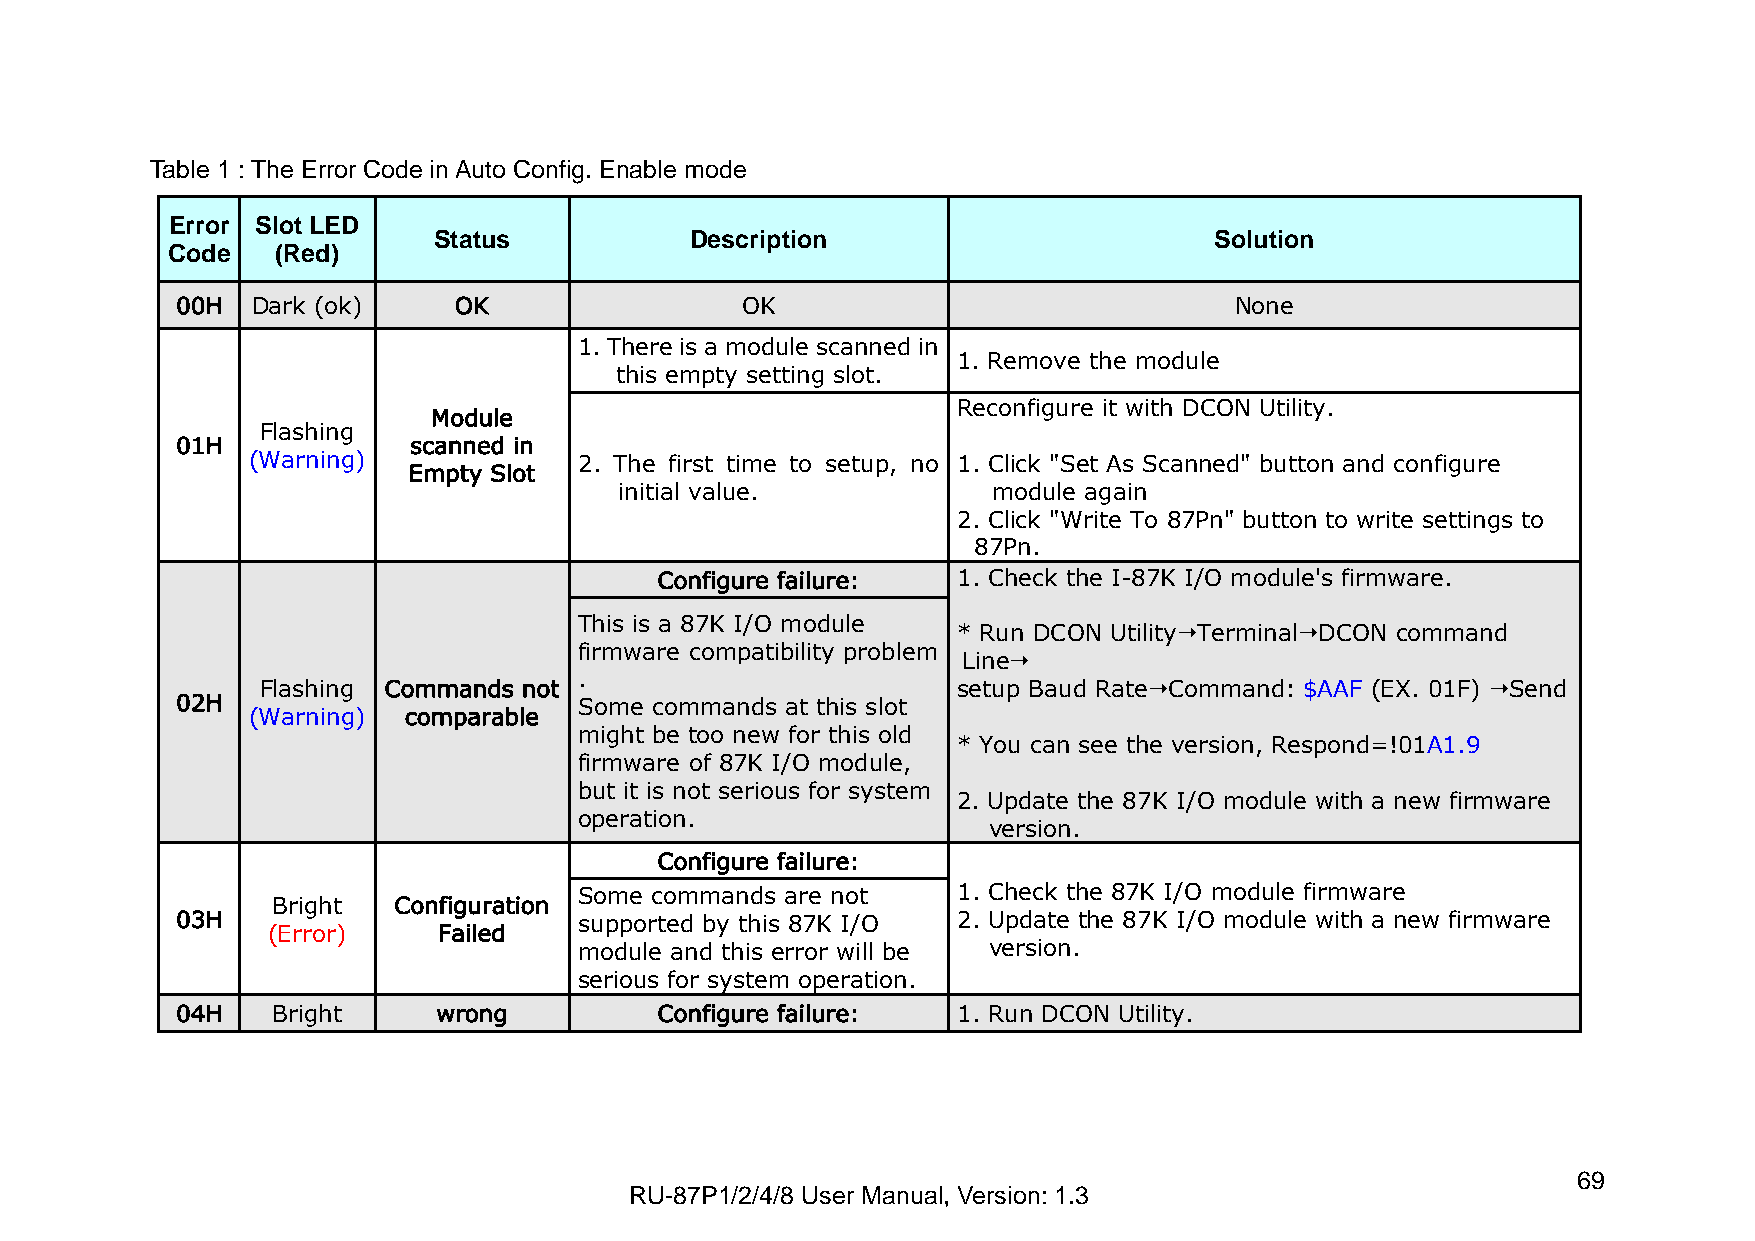
Table 1 : The Error Code in Auto Config. Enable mode
 Error Slot LED
 Status           Description                       Solution
 Code   (Red)
 00H  Dark (ok)    OK                 OK                               None
 1. There is a module scanned in
 1. Remove the module
 this empty setting slot.
 Reconfigure it with DCON Utility.
 Module
 Flashing
 01H            scanned in
 (Warning)             2. The first time to setup, no 1. Click "Set As Scanned" button and configure
 Empty Slot
 initial value.           module again
 2. Click "Write To 87Pn" button to write settings to
 87Pn.
 Configure failure: 1. Check the I-87K I/O module's firmware.
 This is a 87K I/O module
 * Run DCON UtilityTerminalDCON command
 firmware compatibility problem
 Line
 .
 Flashing Commands not                         setup Baud RateCommand: $AAF (EX. 01F) Send
 02H                       Some commands at this slot
 (Warning)  comparable
 might be too new for this old
 * You can see the version, Respond=!01A1.9
 firmware of 87K I/O module,
 but it is not serious for system
 2. Update the 87K I/O module with a new firmware
 operation.
 version.
 Configure failure:
 Some commands are not    1. Check the 87K I/O module firmware
 Bright  Configuration
 03H                       supported by this 87K I/O 2. Update the 87K I/O module with a new firmware
 (Error)    Failed
 module and this error will be version.
 serious for system operation.
 04H   Bright     wrong          Configure failure: 1. Run DCON Utility.
 69
 RU-87P1/2/4/8 User Manual, Version: 1.3